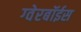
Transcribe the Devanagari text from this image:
ग्‍वेरबॉईस